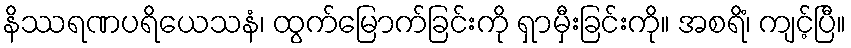
နိဿရဏပရိယေသနံ၊ ထွက်မြောက်ခြင်းကို ရှာမှီးခြင်းကို။ အစရိံ၊ ကျင့်ပြီ။